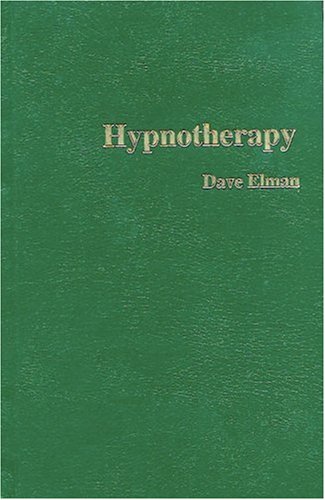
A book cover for Hypnotherapy; Dave Elman; Self-Help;